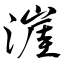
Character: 漄